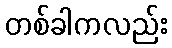
တစ်ခါကလည်း